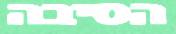
הסיבה